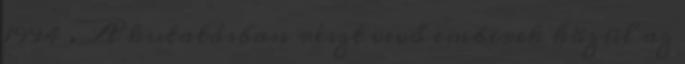
1994 . A kutatásban részt vevő emberek közül az